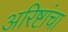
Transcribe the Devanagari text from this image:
अरिष्टांचा